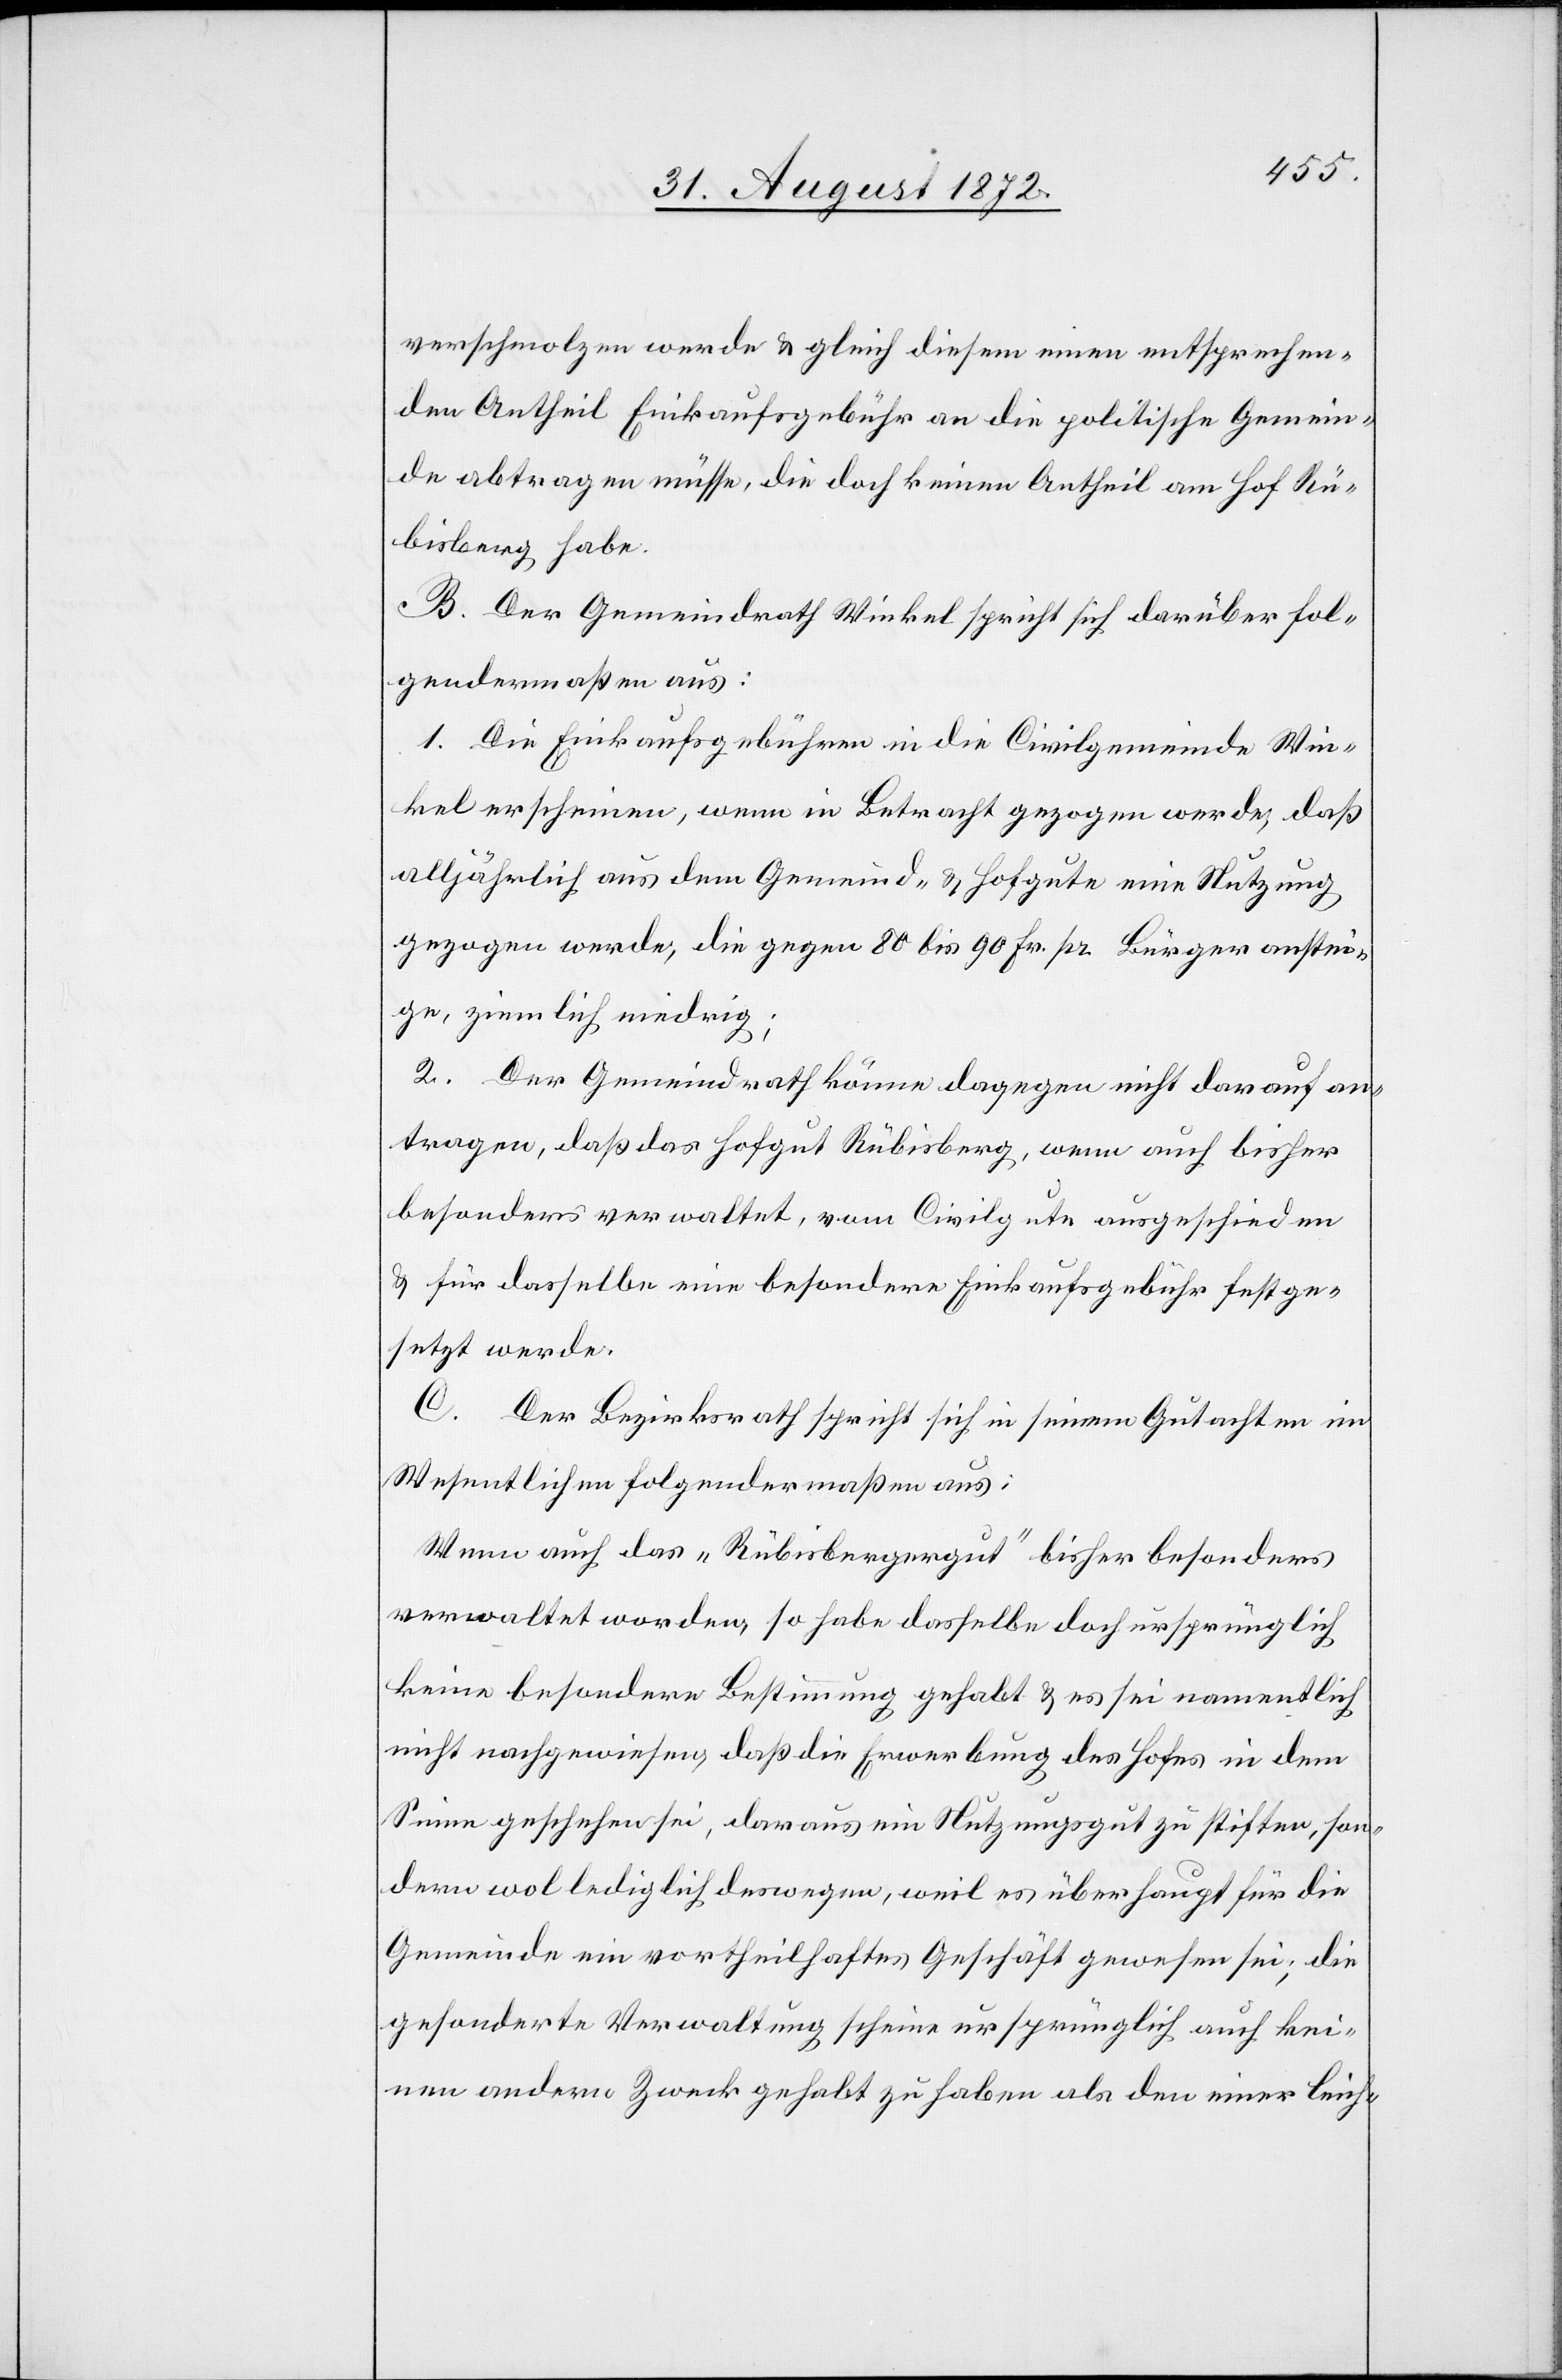
verschmolzen werde u. gleich diesem einen entsprechen¬
den Antheil Einkaufsgebühr an die politische Gemein¬
de abtragen müsse, die doch keinen Antheil am Hof Rü¬
bisberg habe.
B. Der Gemeindrath Winkel spricht sich darüber fol¬
gendermaßen aus:
1. Die Einkaufsgebühren in die Civilgemeinde Win¬
kel erscheinen, wenn in Betracht gezogen werde, daß
alljährlich aus dem Gemeind- u. Hofgute eine Nutzung
gezogen werde, die gegen 80 bis 90 Fr. pr. Bürger anstei¬
ge, ziemlich niedrig;
2. Der Gemeindrath könne dagegen nicht darauf an¬
tragen, daß das Hofgut Rübisberg, wenn auch bisher
besonders verwaltet, vom Civilgute ausgeschieden
u. für dasselbe eine besondere Einkaufsgebühr festge¬
setzt werde.
C.
Der Bezirksrath spricht sich in seinem Gutachten im
Wesentlichen folgendermaßen aus:
Wenn auch das „Rübisbergergut“ bisher besonders
verwaltet worden, so habe dasselbe doch ursprünglich
keine besondere Bestimmung gehabt u. es sei namentlich
nicht nachgewiesen, daß die Erwerbung des Hofes in dem
Sinne geschehen sei, daraus ein Nutzungsgut zu stiften, son¬
dern wol lediglich deswegen, weil es überhaupt für die
Gemeinde ein vortheilhaftes Geschäft gewesen sei; die
gesonderte Verwaltung scheine ursprünglich auch kei¬
nen andern Zweck gehabt zu haben als den einer leich-